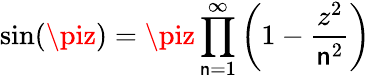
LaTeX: \sin(\piz)=\piz\displaystyle\prod_{\mathsf{n}=1}^{\infty}\left(1-{\frac{{z^{2}}}{{\mathsf{n}^{2}}}}\right)